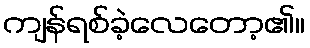
ကျန်ရစ်ခဲ့လေတော့၏။